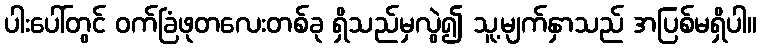
ပါးပေါ်တွင် ဝက်ခြံဖုတလေးတစ်ခု ရှိသည်မှလွဲ၍ သူ့မျက်နှာသည် အပြစ်မရှိပါ။